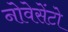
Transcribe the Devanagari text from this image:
नोवेसेंटो